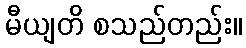
မီယျတိ စသည်တည်း။